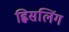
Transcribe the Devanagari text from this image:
ह्विसलिंग